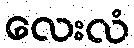
လေးလံ